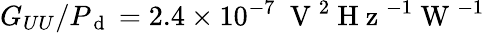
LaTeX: G_{UU}/P_{\mathrm{~d~}}=2.4\times 10^{-7}~\mathrm{~V~}^{2}\mathrm{~H~z~}^{-1}\mathrm{~W~}^{-1}